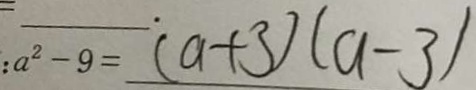
: a ^ { 2 } - 9 = ( a + 3 ) ( a - 3 )